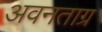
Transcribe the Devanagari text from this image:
अवनताग्र